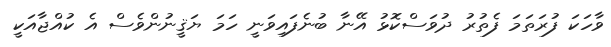
ވާހަކަ ފުރަތަމަ ފެތުރު ދުވަސްކޮޅު އޭނާ ބުނެފައިވަނީ ހަމަ ޔަޤީނުންވެސް އެ ކުއްޖާއަކީ